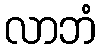
လာဘံ